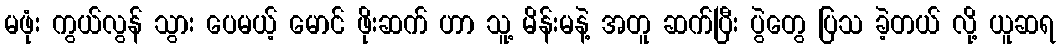
မဖုံး ကွယ်လွန် သွား ပေမယ့် မောင် ဖိုးဆက် ဟာ သူ့ မိန်းမနဲ့ အတူ ဆက်ပြီး ပွဲတွေ ပြသ ခဲ့တယ် လို့ ယူဆရ